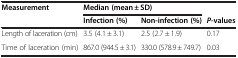
<table><thead><tr><td><b>Measurement</b></td><td colspan="2"><b>Median (mean ± SD)</b></td><td><b> </b></td></tr><tr><td><b> </b></td><td><b>Infection (%)</b></td><td><b>Non-infection (%)</b></td><td><b><i>P</i>-values</b></td></tr></thead><tbody><tr><td>Length of laceration (cm)</td><td>3.5 (4.1 ± 3.1)</td><td>2.5 (2.7 ± 1.9)</td><td>0.17</td></tr><tr><td>Time of laceration (min)</td><td>867.0 (944.5 ± 3.1)</td><td>330.0 (578.9 ± 749.7)</td><td>0.03</td></tr></tbody></table>